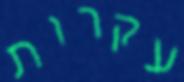
עקרות